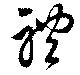
体